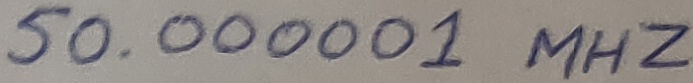
Text: 50.00001 MHZ